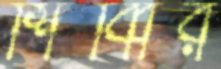
শিব্বির